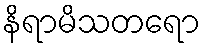
နိရာမိသတရော